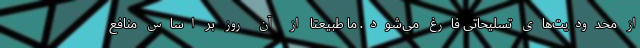
از محدودیت‌های تسلیحاتی فارغ می‌شود. ما طبیعتا از آن روز بر اساس منافع